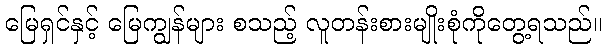
မြေရှင်နှင့် မြေကျွန်များ စသည့် လူတန်းစားမျိုးစုံကိုတွေ့ရသည်။